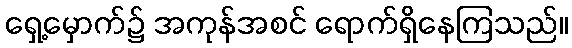
ရှေ့မှောက်၌ အကုန်အစင် ရောက်ရှိနေကြသည်။